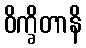
ဝိက္ခိတာနိ